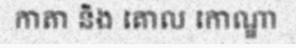
កាតា និង គោល កោណ្ឌា